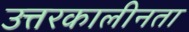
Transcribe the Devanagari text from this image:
उत्तरकालीनता